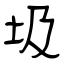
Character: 圾